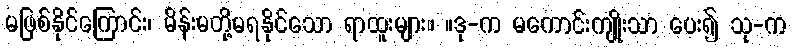
မဖြစ်နိုင်ကြောင်း၊ မိန်းမတို့မရနိုင်သော ရာထူးများ။ ။ဒု-က မကောင်းကျိုးသာ ပေး၍ သု-က